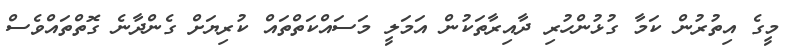
މީގެ އިތުރުން ކަމާ ގުޅުންހުރި ދާއިރާތަކުން އަމަލީ މަސައްކަތްތައް ކުރިޔަށް ގެންދާނެ ގޮތްތައްވެސް